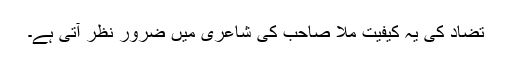
تضاد کی یہ کیفیت ملّا صاحب کی شاعری میں ضرور نظر آتی ہے۔